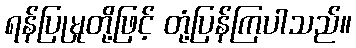
ရန်ပြုမှုတို့ဖြင့် တုံ့ပြန်ကြပါသည်။